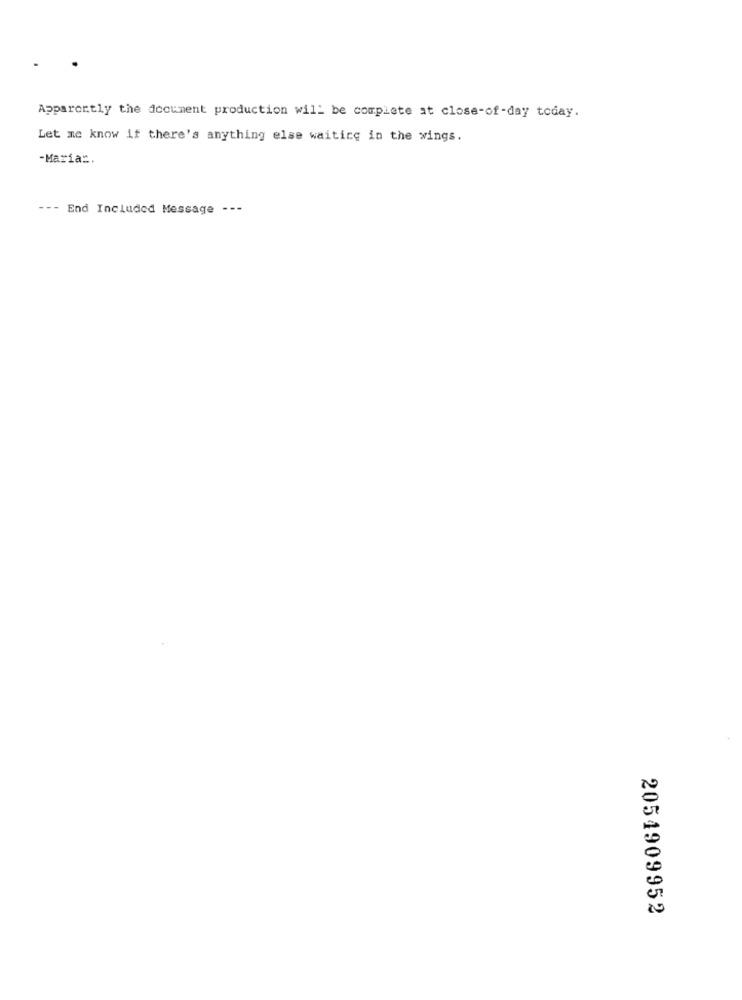
Apparently the document production will be complete at close-of-day today.
Let me know if there's anything else waitice in the wings.
-Maria :.
--- End Included Message ---
2054909952